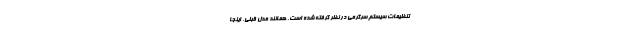
تنظیمات سیستم سرگرمی در نظر گرفته شده است. همانند مدل قبلی، اینجا